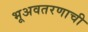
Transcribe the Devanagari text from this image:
भूअवतरणाची